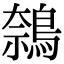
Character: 𬷝